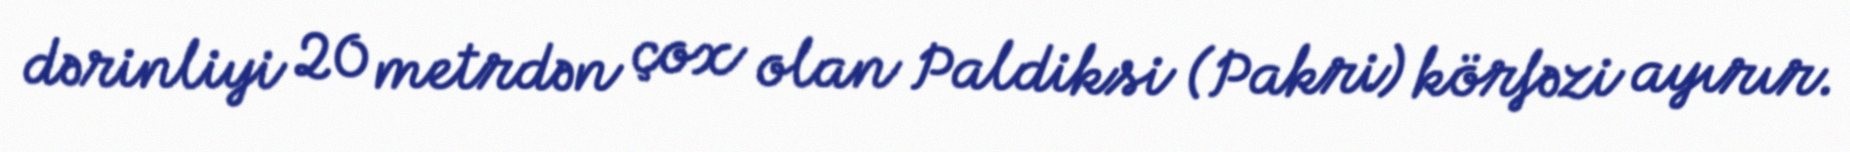
dərinliyi 20 metrdən çox olan Paldiksi (Pakri) körfəzi ayırır.